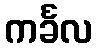
ကင်္ခလ